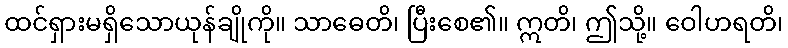
ထင်ရှားမရှိသောယုန်ချိုကို။ သာဓေတိ၊ ပြီးစေ၏။ ဣတိ၊ ဤသို့။ ဝေါဟရတိ၊